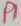
Text: P1